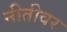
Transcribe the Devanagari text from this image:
नीतीवर